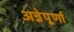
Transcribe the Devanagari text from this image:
अन्नेपूर्णा